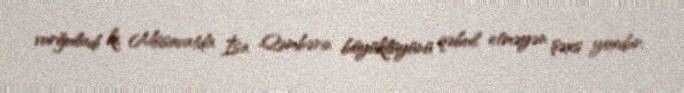
vurğuladı ki, Müsavatda İsa Qəmbərin böyüklüyünü qəbul etməyən şəxs yoxdur.